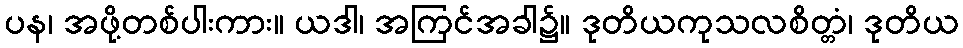
ပန၊ အဖို့တစ်ပါးကား။ ယဒါ၊ အကြင်အခါ၌။ ဒုတိယကုသလစိတ္တံ၊ ဒုတိယ